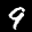
Label: 9